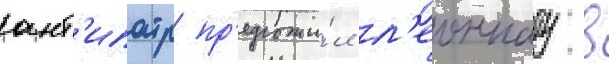
ант'ипатр пр'едложи́л л'еоннату в